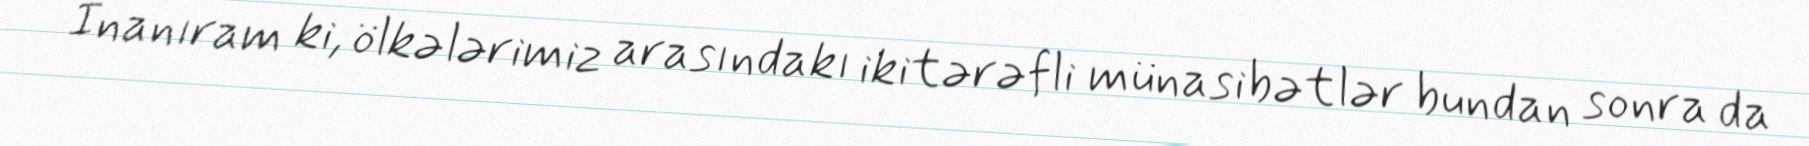
İnanıram ki, ölkələrimiz arasındakı ikitərəfli münasibətlər bundan sonra da